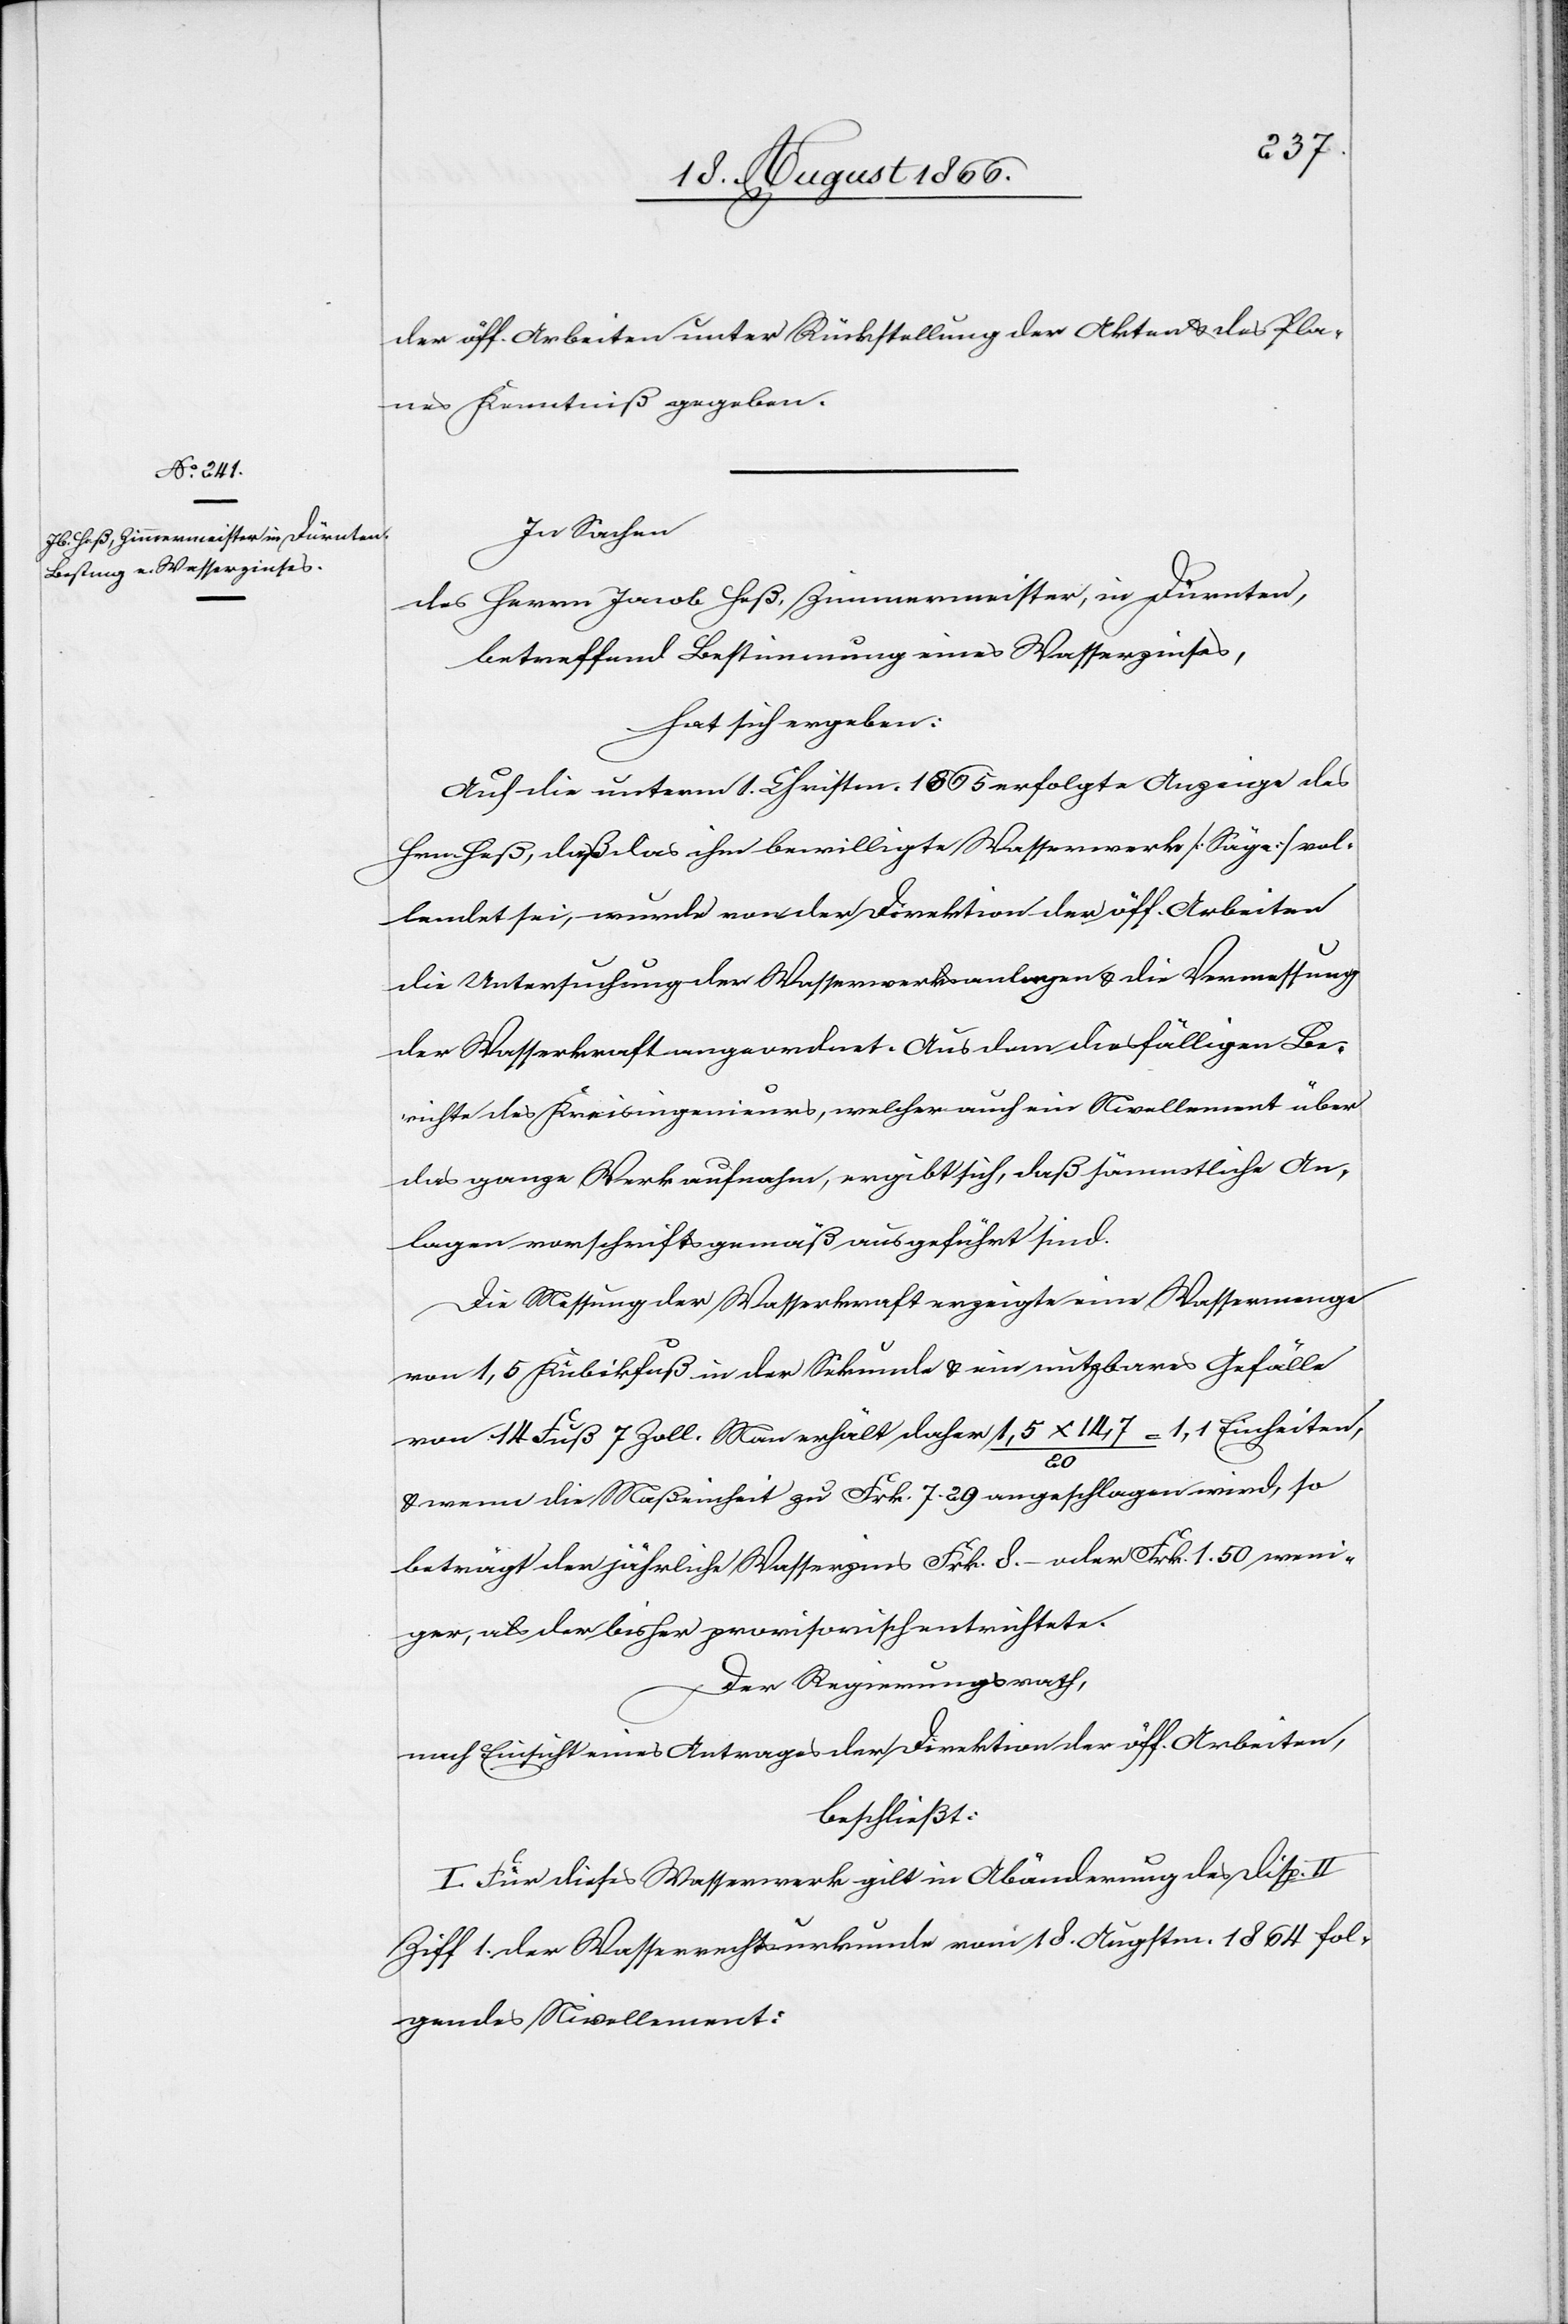
der öff. Arbeiten unter Rückstellung der Akten u. des Pla¬
nes Kenntniß gegeben.
In Sachen
des Herrn Jacob Heß, Zimmermeister, in Dürnten,
betreffend Bestimmung eines Wasserzinses,
hat sich ergeben:
Auf die unterm 1. Christm. 1865 erfolgte Anzeige des
Hrn. Heß, daß das ihm bewilligte Wasserwerk [Säge] vol¬
lendet sei, wurde von der Direktion der öff. Arbeiten
die Untersuchung der Wasserwerksanlage u. die Vermessung
der Wasserkraft angeordnet. Aus dem diesfälligen Be¬
richte des Kreisingenieurs, welcher auch ein Nivellement über
das ganze Werk aufnahm, ergibt sich, daß sämmtliche An¬
lagen vorschriftsgemäß ausgeführt sind.
Die Messung der Wasserkraft erzeigte eine Wassermenge
von 1,5 Kubikfuß in der Sekunde u. ein nutzbares Gefälle
von 14 Fuß 7 Zoll. Man erhält daher 1,5 x 14,7 / 20 = 1,1 Einheiten,
u. wenn die Maßeinheit zu Frk. 7.29 angeschlagen wird, so
beträgt der jährliche Wasserzins Frk. 8. – oder Frk. 1.50 weni¬
ger, als der bisher provisorisch entrichtete.
Der Regierungsrath,
nach Einsicht eines Antrages der Direktion der öff. Arbeiten,
beschließt:
I. Für dieses Wasserwerk gilt in Abänderung des Disp. II
Ziff. 1. der Wasserrechtsurkunde vom 18. Augstm. 1864 fol¬
gendes Nivellement: